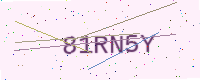
Text: 81RN5Y